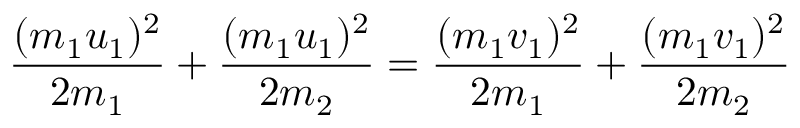
{ \frac { ( m _ { 1 } u _ { 1 } ) ^ { 2 } } { 2 m _ { 1 } } } + { \frac { ( m _ { 1 } u _ { 1 } ) ^ { 2 } } { 2 m _ { 2 } } } = { \frac { ( m _ { 1 } v _ { 1 } ) ^ { 2 } } { 2 m _ { 1 } } } + { \frac { ( m _ { 1 } v _ { 1 } ) ^ { 2 } } { 2 m _ { 2 } } } \,